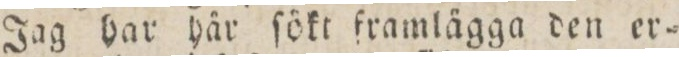
Jag har här ſökt framlägga den er=